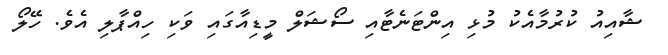
ޝާއިއު ކުރުމާއެކު މުޅި އިންޓަނެޓާއި ސޯޝަލް މީޑިއާގައި ވަކި ހިއްޕާލި އެވެ. ހޭލޯ